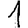
Digit: 1